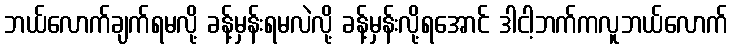
ဘယ်လောက်ချက်ရမလို့ ခန့်မှန်းရမလဲလို့ ခန့်မှန်းလို့ရအောင် ဒါငါ့ဘက်ကလူဘယ်လောက်